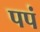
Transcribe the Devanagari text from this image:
पपं